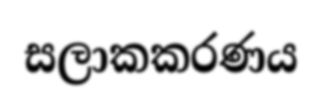
සලාකකරණය